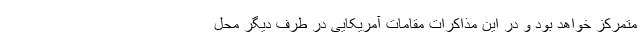
متمرکز خواهد بود و در این مذاکرات مقامات آمریکایی در طرف دیگر محل